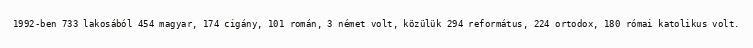
1992-ben 733 lakosából 454 magyar, 174 cigány, 101 román, 3 német volt, közülük 294 református, 224 ortodox, 180 római katolikus volt.